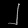
Digit: ၂